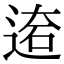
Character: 𨔙